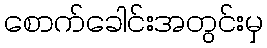
စောက်ခေါင်းအတွင်းမှ